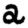
Digit: 2